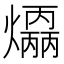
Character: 𤑣